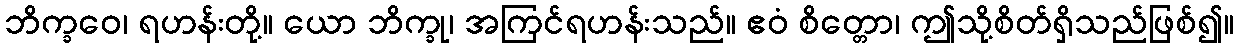
ဘိက္ခဝေ၊ ရဟန်းတို့။ ယော ဘိက္ခု၊ အကြင်ရဟန်းသည်။ ဧဝံ စိတ္တော၊ ဤသို့စိတ်ရှိသည်ဖြစ်၍။